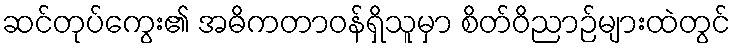
ဆင်တုပ်ကွေး၏ အဓိကတာဝန်ရှိသူမှာ စိတ်ဝိညာဉ်များထဲတွင်